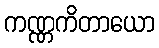
ကဏ္ဏကိတာယော